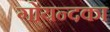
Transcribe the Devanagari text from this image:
गोयन्‍दका